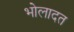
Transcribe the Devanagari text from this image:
भोलादत